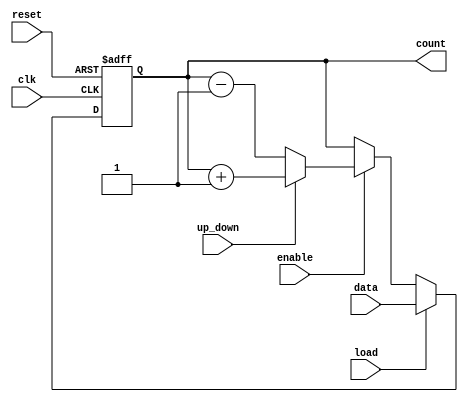
module synchronous_load_counter (
    input wire clk,            // Clock input
    input wire reset,          // Asynchronous reset input
    input wire load,           // Load input
    input wire [7:0] data,     // Data input for loading the counter
    input wire enable,         // Count enable input
    input wire up_down,        // Direction input: 1 for up, 0 for down
    output reg [7:0] count     // Current count output
);

    // Predefined reset value
    localparam RESET_VALUE = 8'b00000000;

    always @(posedge clk or posedge reset) begin
        if (reset) begin
            // Asynchronous reset
            count <= RESET_VALUE;
        end else if (load) begin
            // Load data into counter
            count <= data;
        end else if (enable) begin
            // Counting logic
            if (up_down) begin
                // Increment
                count <= count + 1;
            end else begin
                // Decrement
                count <= count - 1;
            end
        end
        // If enable is low, count retains its value
    end

endmodule